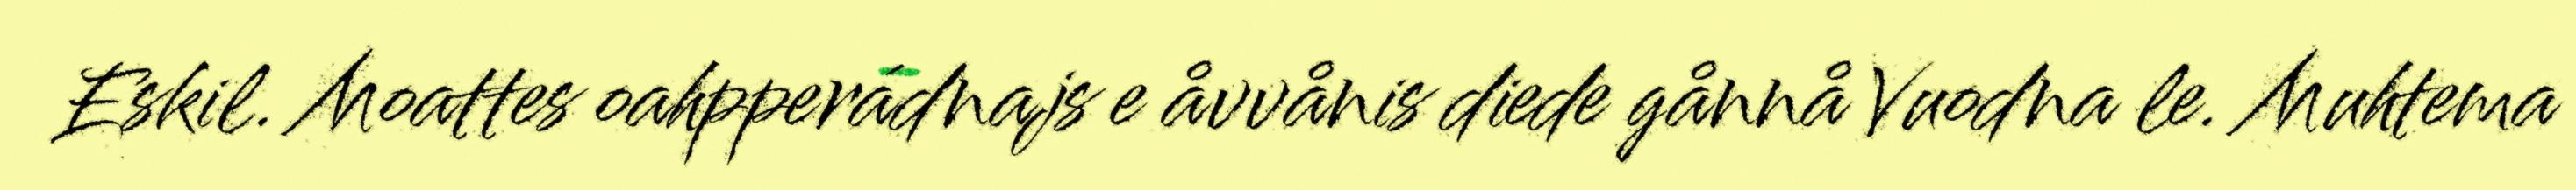
Eskil. Moattes oahpperádnajs e åvvånis diede gånnå Vuodna le. Muhtema